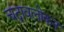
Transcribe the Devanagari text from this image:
चंद्रावलोकन